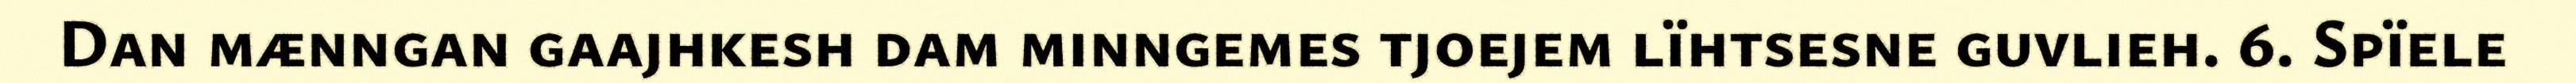
Dan mænngan gaajhkesh dam minngemes tjoejem lïhtsesne guvlieh. 6. Spïele